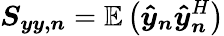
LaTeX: \boldsymbol{S_{yy,n}}=\mathbb{E}\left(\boldsymbol{\hat{y}_{n}}\boldsymbol{\hat{y}}_{\boldsymbol{n}}^{H}\right)